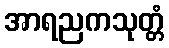
အာရညကသုတ္တံ